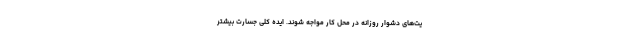
یت‌های دشوار روزانه در محل کار مواجه شوند. ایدهٔ کلی جسارتِ بیشتر